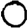
Digit: 0